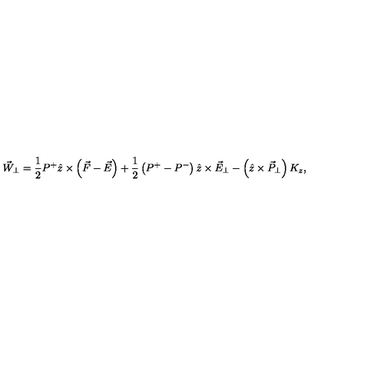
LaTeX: \vec { W } _ { \perp } = \frac { 1 } { 2 } P ^ { + } \hat { z } \times \left( \vec { F } - \vec { E } \right) + \frac { 1 } { 2 } \left( P ^ { + } - P ^ { - } \right) \hat { z } \times \vec { E } _ { \perp } - \left( \hat { z } \times \vec { P } _ { \perp } \right) K _ { z } ,